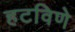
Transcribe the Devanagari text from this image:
हटविणे